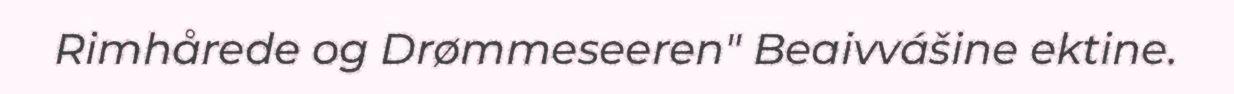
Rimhårede og Drømmeseeren" Beaivvášine ektine.